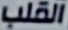
القلب